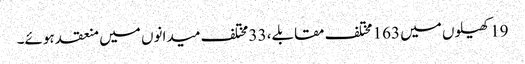
19 کھیلوں میں 163 مختلف مقابلے، 33 مختلف میدانوں میں منعقد ہوئے۔